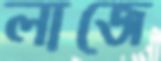
লাজে